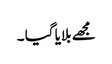
مجھے بلایا گیا ۔